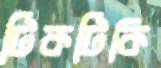
টিকটিকি